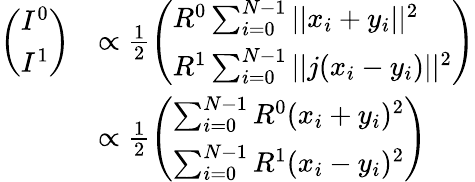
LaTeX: \begin{array}{rl}{\left(\begin{array}{l}{I^{0}}\\ {I^{1}}\end{array}\right)}&{\propto\frac{1}{2}\left(\begin{array}{l}{R^{0}\sum_{i=0}^{N-1}||x_{i}+y_{i}||^{2}}\\ {R^{1}\sum_{i=0}^{N-1}||j(x_{i}-y_{i})||^{2}}\end{array}\right)}\\ &{\propto\frac{1}{2}\left(\begin{array}{l}{\sum_{i=0}^{N-1}R^{0}(x_{i}+y_{i})^{2}}\\ {\sum_{i=0}^{N-1}R^{1}(x_{i}-y_{i})^{2}}\end{array}\right)}\end{array}